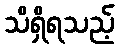
သိရှိရသည့်